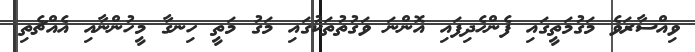
ވިއްސާރަވެ މަގުމަތީގައި ފެންހެދިފައި އޮންނަ ވަގުތުތަކުގައި މަގު މަތީ ހިނގާ މީހުންނާއި އެއްޗެތި